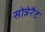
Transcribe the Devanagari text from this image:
सोन्नेरैट